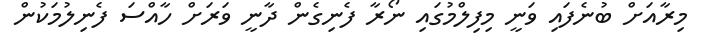
މިރާއަށް ބުނެފައި ވަނީ މިފިލްމުގައި ނޯރާ ފެނިގެން ދާނީ ވަރަށް ހާއްސަ ފެނިލުމަކުން